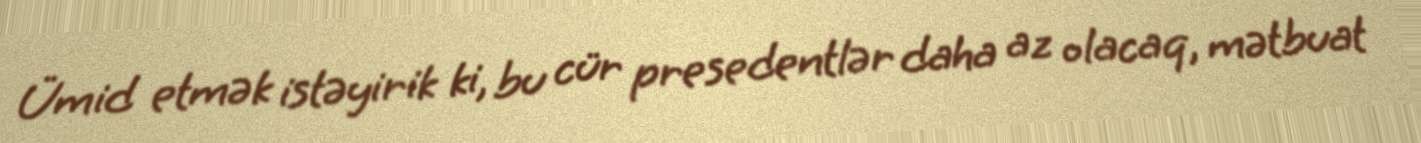
Ümid etmək istəyirik ki, bu cür presedentlər daha az olacaq, mətbuat